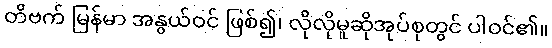
တိဗက် မြန်မာ အနွယ်ဝင် ဖြစ်၍၊ လိုလိုမူဆိုအုပ်စုတွင် ပါဝင်၏။